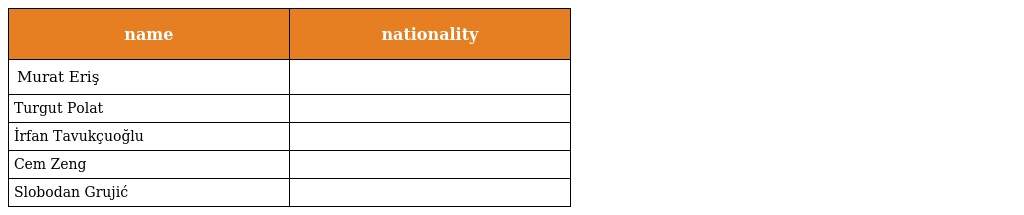
| name | nationality |
 | --- | --- |
 | Murat Eriş |  |
 | Turgut Polat |  |
 | İrfan Tavukçuoğlu |  |
 | Cem Zeng |  |
 | Slobodan Grujić |  |